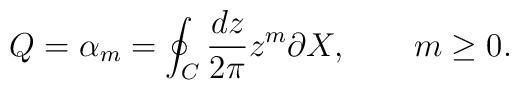
Q = \alpha_m = \oint_C \frac{dz}{2\pi} z^m \partial X,\qquad m\geq 0.